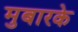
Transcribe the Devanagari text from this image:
मुबारके